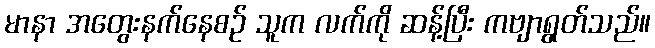
မာနာ အတွေးနက်နေစဉ် သူက လက်ကို ဆန့်ပြီး ကဗျာရွတ်သည်။